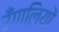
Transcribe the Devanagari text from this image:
उँगालियों